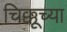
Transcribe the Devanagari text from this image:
चिक्कूच्या